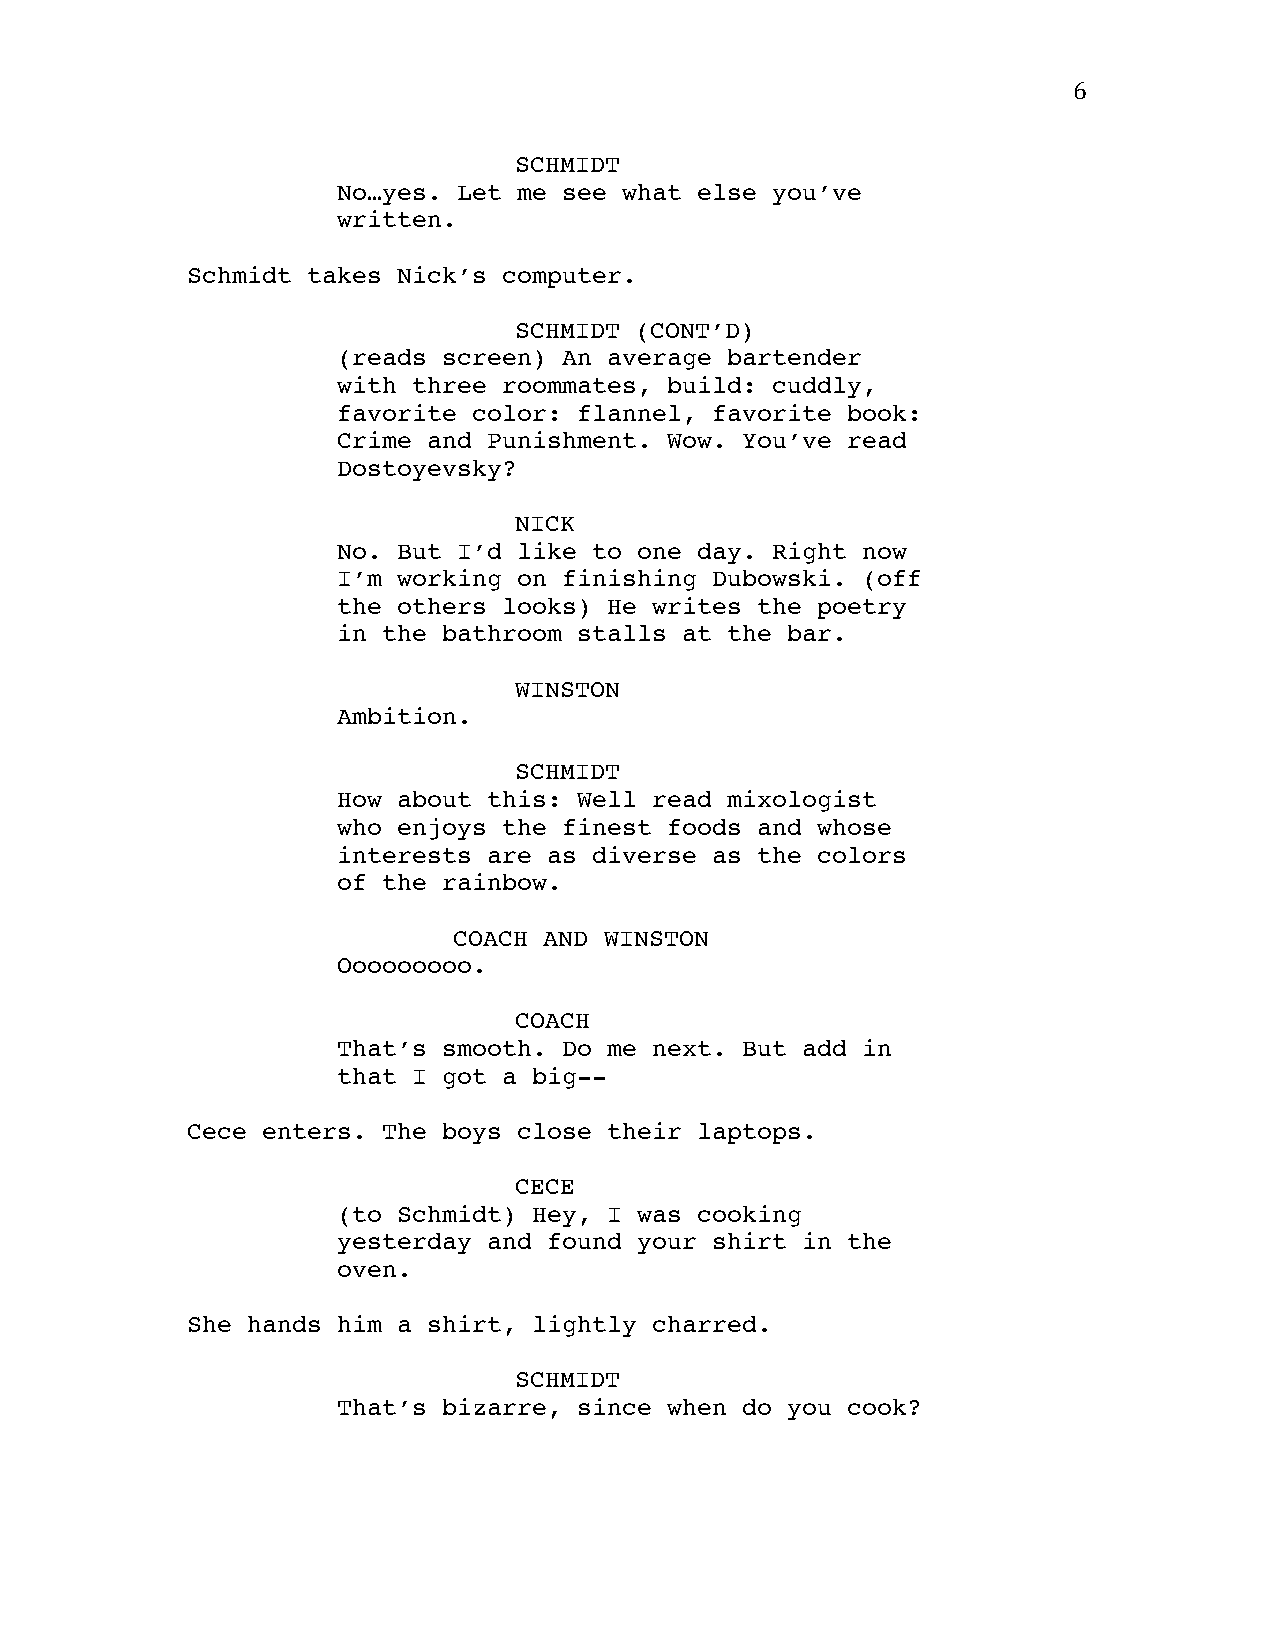
6
 SCHMIDT
 No…yes. Let me see what else you’ve
 written.
 Schmidt takes Nick’s computer.
 SCHMIDT (CONT’D)
 (reads screen) An average bartender
 with three roommates, build: cuddly,
 favorite color: flannel, favorite book:
 Crime and Punishment. Wow. You’ve read
 Dostoyevsky?
 NICK
 No. But I’d like to one day. Right now
 I’m working on finishing Dubowski. (off
 the others looks) He writes the poetry
 in the bathroom stalls at the bar.
 WINSTON
 Ambition.
 SCHMIDT
 How about this: Well read mixologist
 who enjoys the finest foods and whose
 interests are as diverse as the colors
 of the rainbow.
 COACH AND WINSTON
 Ooooooooo.
 COACH
 That’s smooth. Do me next. But add in
 that I got a big--
 Cece enters. The boys close their laptops.
 CECE
 (to Schmidt) Hey, I was cooking
 yesterday and found your shirt in the
 oven.
 She hands him a shirt, lightly charred.
 SCHMIDT
 That’s bizarre, since when do you cook?